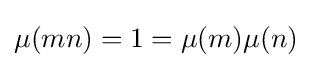
\mu (mn)=1=\mu (m)\mu (n)